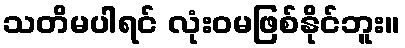
သတိမပါရင် လုံးဝမဖြစ်နိုင်ဘူး။